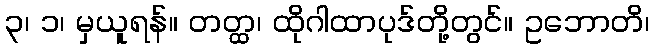
၃၊ ၁၊ မှယူရန်။ တတ္ထ၊ ထိုဂါထာပုဒ်တို့တွင်။ ဥဘောတိ၊